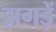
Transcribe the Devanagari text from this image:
झगड़ें